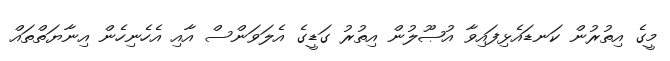
މީގެ އިތުރުން ކަނޑައެޅިފައިވާ އުޞޫލުން އިތުރު ގަޑީގެ އެލަވަންސް އާއި އެހެނިހެން އިނާޔަތްތައް